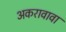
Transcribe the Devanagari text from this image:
अकरावावा